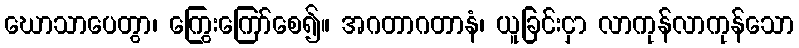
ဃောသာပေတွာ၊ ကြွေးကြော်စေ၍။ အဂတာဂတာနံ၊ ယူခြင်းငှာ လာကုန်လာကုန်သော